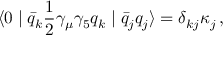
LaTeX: \langle 0 \mid \bar { q } _ { k } { \frac { 1 } { 2 } } \gamma _ { \mu } \gamma _ { 5 } q _ { k } \mid \bar { q } _ { j } q _ { j } \rangle = \delta _ { k j } \kappa _ { j } \, ,